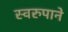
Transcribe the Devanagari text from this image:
स्वरुपाने